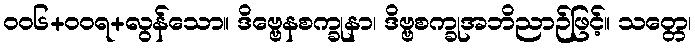
ဝဝ၆+ဝဝရ+လွန်သော။ ဒိဗ္ဗေနစက္ခုနာ၊ ဒိဗ္ဗစက္ခုအဘိညာဉ်ဖြင့်။ သတ္တေ၊